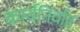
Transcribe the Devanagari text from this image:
कार्यनिर्वाह